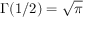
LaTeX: \Gamma ( 1 / 2 ) = { \sqrt { \pi } }